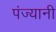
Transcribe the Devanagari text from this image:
पंज्यानी